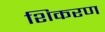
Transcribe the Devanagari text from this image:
शिकरण